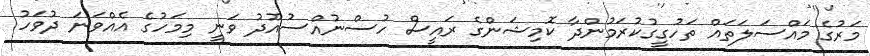
މަރުގެ މައްސަލަތައް ތަހުގީގުކުރަމުންދާ ކޮމިޝަންގެ ރައީސް ހުސްނުއްސުއޫދު ވަނީ މިމަހުގެ އެއްވަނަ ދުވަހު